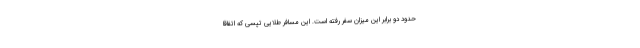
حدود دو برابر این میزان سفر رفته است. این مسافر طلایی تپسی که اتفاقا